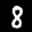
Label: 8